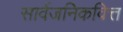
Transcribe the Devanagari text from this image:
सार्वजनिकवित्त